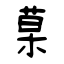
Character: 菒